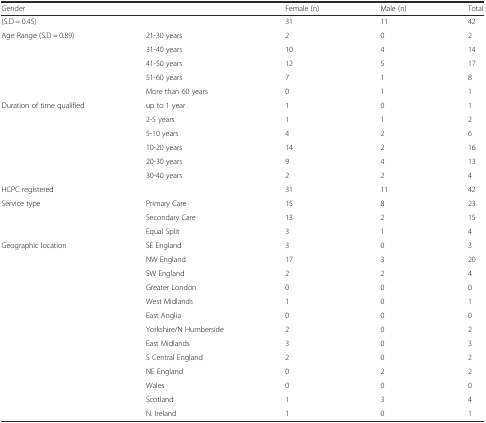
| Gender |  | Female (n) | Male (n) | Total |
 | --- | --- | --- | --- | --- |
 | (S.D = 0.45) |  | 31 | 11 | 42 |
 | Age Range (S.D = 0.89) | 21-30 years | 2 | 0 | 2 |
 |  | 31-40 years | 10 | 4 | 14 |
 |  | 41-50 years | 12 | 5 | 17 |
 |  | 51-60 years | 7 | 1 | 8 |
 |  | More than 60 years | 0 | 1 | 1 |
 | Duration of time qualified | up to 1 year | 1 | 0 | 1 |
 |  | 2-5 years | 1 | 1 | 2 |
 |  | 5-10 years | 4 | 2 | 6 |
 |  | 10-20 years | 14 | 2 | 16 |
 |  | 20-30 years | 9 | 4 | 13 |
 |  | 30-40 years | 2 | 2 | 4 |
 | HCPC registered |  | 31 | 11 | 42 |
 | Service type | Primary Care | 15 | 8 | 23 |
 |  | Secondary Care | 13 | 2 | 15 |
 |  | Equal Split | 3 | 1 | 4 |
 | Geographic location | SE England | 3 | 0 | 3 |
 |  | NW England | 17 | 3 | 20 |
 |  | SW England | 2 | 2 | 4 |
 |  | Greater London | 0 | 0 | 0 |
 |  | West Midlands | 1 | 0 | 1 |
 |  | East Anglia | 0 | 0 | 0 |
 |  | Yorkshire/N Humberside | 2 | 0 | 2 |
 |  | East Midlands | 3 | 0 | 3 |
 |  | S Central England | 2 | 0 | 2 |
 |  | NE England | 0 | 2 | 2 |
 |  | Wales | 0 | 0 | 0 |
 |  | Scotland | 1 | 3 | 4 |
 |  | N. Ireland | 1 | 0 | 1 |